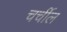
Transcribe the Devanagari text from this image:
चर्चील